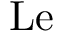
\mathrm { L e }